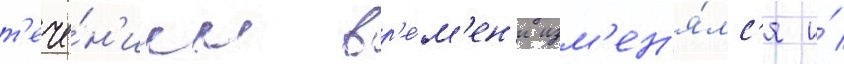
т'ече́н'ием вр'е́м'ен'и изм'ен'я́лс'я и́